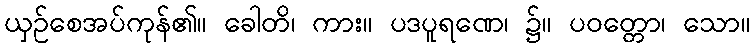
ယှဉ်စေအပ်ကုန်၏။ ခေါတိ၊ ကား။ ပဒပူရဏေ၊ ၌။ ပဝတ္တော၊ သော။